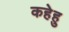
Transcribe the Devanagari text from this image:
कहेहु